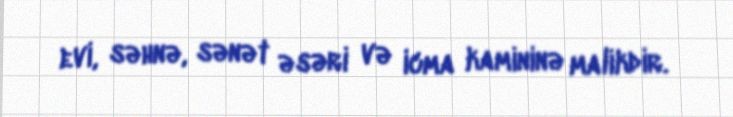
evi, səhnə, sənət əsəri və icma kamininə malikdir.